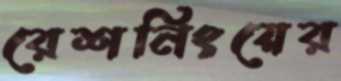
রেশনিংয়ের